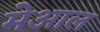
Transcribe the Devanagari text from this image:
मेआल